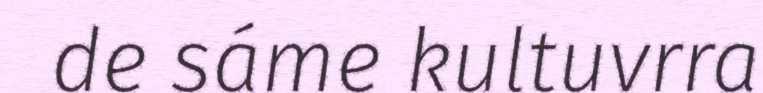
de sáme kultuvrra